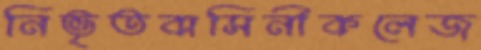
নিভৃতবাসিনীকলেজ